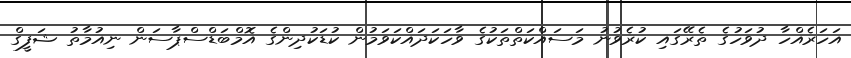
އަހަރެއްހާ ދުވަހުގެ ތެރޭގައި ކުރެވުނު މަސައްކަތްތަކުގެ ވާހަކަދައްކަވަމުން ކުޑަކުދިންގެ އޮމްބަޑްސްޕާސަން ނިއުމާތު ޝަފީގް